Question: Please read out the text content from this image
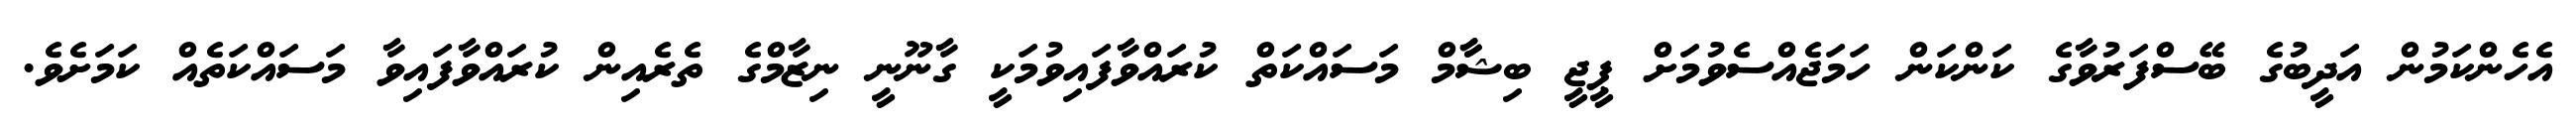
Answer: އެހެންކަމުން އަދީބުގެ ބޭސްފަރުވާގެ ކަންކަން ހަމަޖެއްސެވުމަށް ޕީޖީ ބިޝާާމް މަސައްކަތް ކުރައްވާފައިވުމަކީ ގާނޫނީ ނިޒާމްގެ ތެރެއިން ކުރައްވާފައިވާ މަސައްކަތެއް ކަމަށެވެ.